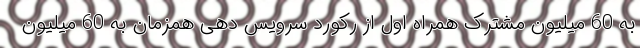
به 60 میلیون مشترک همراه اول از رکورد سرویس دهی همزمان به 60 میلیون